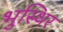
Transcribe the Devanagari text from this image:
भुस्थिर